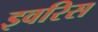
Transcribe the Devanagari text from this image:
इवरिस